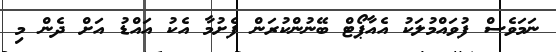
ނަމަވެސް ފުވައްމުލަކު އެއާޕޯޓް ބޭނުންކުރަން ފެށުމާ އެކު އައްޑު އަށް ދެން މި